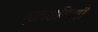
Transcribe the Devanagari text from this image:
ह्याच्याविषयी